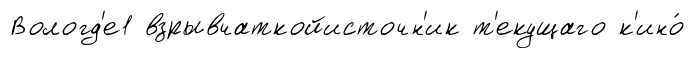
Вологд'е1 взрывчаткойисточн'ик т'екущаго к'ино́